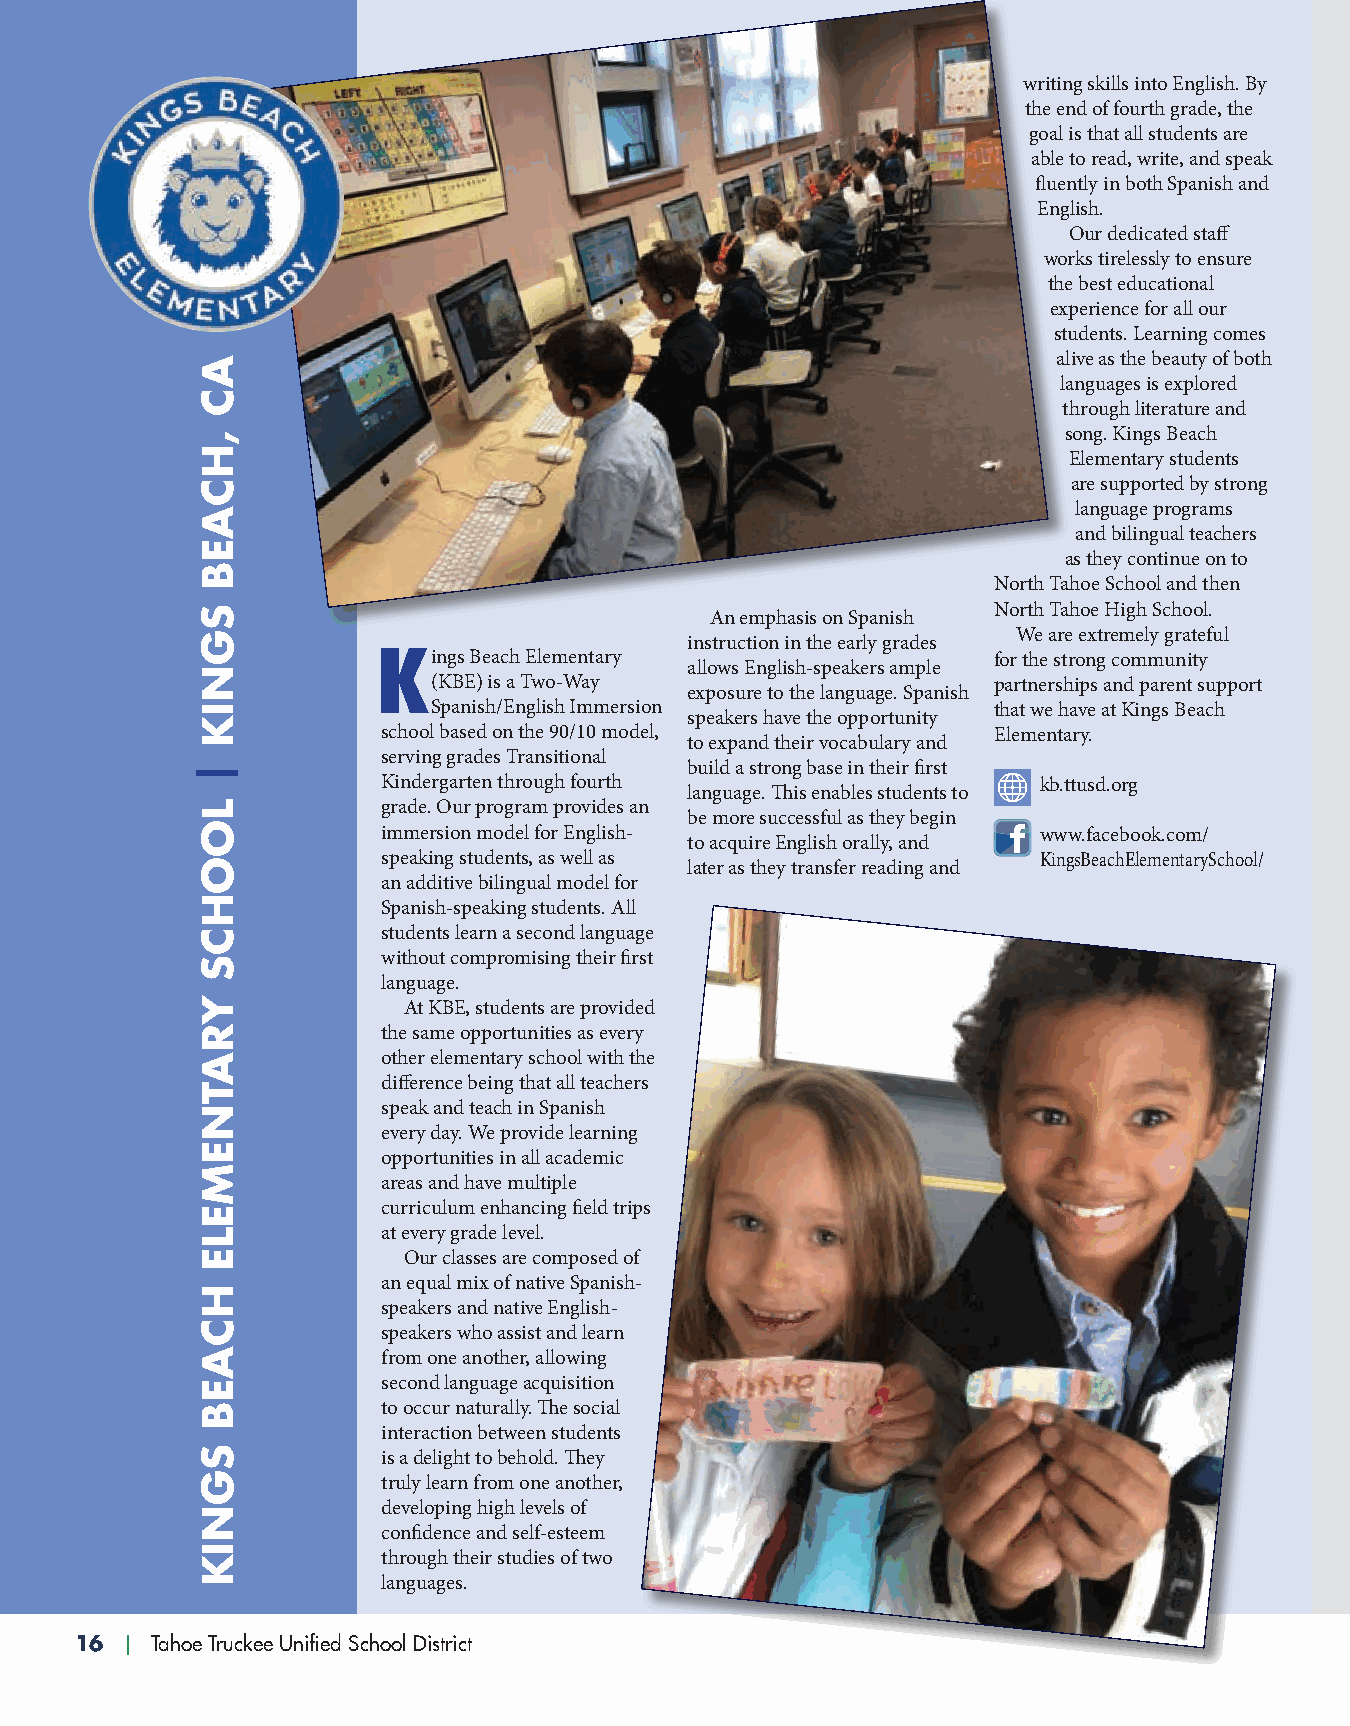
writing skills into English. By
 the end of fourth grade, the
 goal is that all students are
 able to read, write, and speak
 fluently in both Spanish and
 English.
 Our dedicated staff
 works tirelessly to ensure
 the best educational
 experience for all our
 students. Learning comes
 alive as the beauty of both
 languages is explored
 through literature and
 song. Kings Beach
 Elementary students
 are supported by strong
 language programs
 and bilingual teachers
 as they continue on to
 North Tahoe School and then
 North Tahoe High School.
 An emphasis on Spanish
 We are extremely grateful
 instruction in the early grades
 kings Beach Elementary                   for the strong community
 allows English-speakers ample
 (KBE) is a Two-Way                   partnerships and parent support
 exposure to the language. Spanish
 Spanish/English Immersion            that we have at Kings Beach
 speakers have the opportunity
 school based on the 90/10 model,         Elementary.
 to expand their vocabulary and
 serving grades Transitional
 build a strong base in their first
 Kindergarten through fourth                 kb.ttusd.org
 language. This enables students to
 grade. Our program provides an
 be more successful as they begin
 immersion model for English-                www.facebook.com/
 to acquire English orally, and
 speaking students, as well as               KingsBeachElementarySchool/
 later as they transfer reading and
 an additive bilingual model for
 Spanish-speaking students. All
 students learn a second language
 without compromising their first
 language.
 At KBE, students are provided
 the same opportunities as every
 other elementary school with the
 difference being that all teachers
 speak and teach in Spanish
 every day. We provide learning
 opportunities in all academic
 areas and have multiple
 curriculum enhancing field trips
 at every grade level.
 Our classes are composed of
 an equal mix of native Spanish-
 speakers and native English-
 speakers who assist and learn
 from one another, allowing
 second language acquisition
 to occur naturally. The social
 interaction between students
 is a delight to behold. They
 truly learn from one another,
 developing high levels of
 confidence and self-esteem
 through their studies of two
 languages.
 16 | Tahoe Truckee Unified School District
 AC
 ,HCAEB
 SGNIK
 |
 LOOHCS
 YRATNEMELE
 HCAEB
 SGNIK